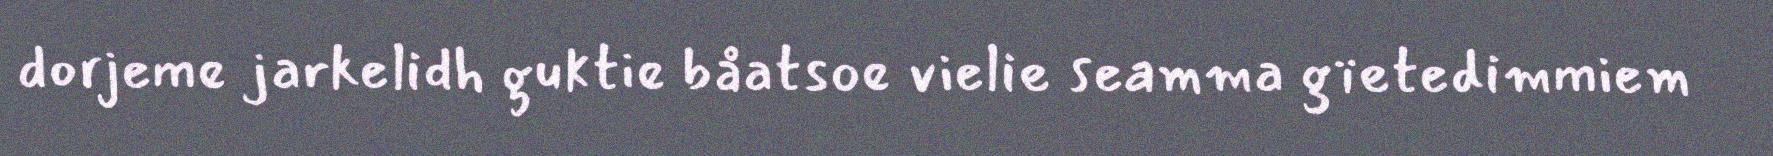
dorjeme jarkelidh guktie båatsoe vielie seamma gïetedimmiem